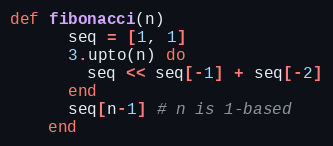
Language: Ruby
def fibonacci(n)
      seq = [1, 1]
      3.upto(n) do
        seq << seq[-1] + seq[-2]
      end
      seq[n-1] # n is 1-based
    end